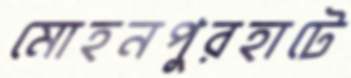
মোহনপুরহাটে